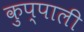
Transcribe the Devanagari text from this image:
कुप्पाली